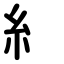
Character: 糹